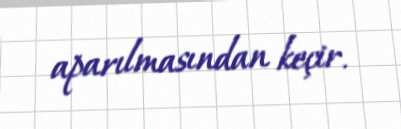
aparılmasından keçir.